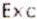
EXC